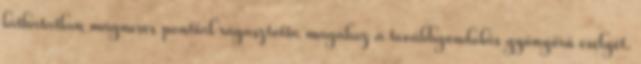
láthatatlan mágneses ponttal ragasztotta magához a továbbgondolás gyönyörű esélyét.